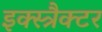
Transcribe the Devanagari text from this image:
इक्स्त्रैक्टर